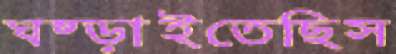
ঘষ্‌ড়াইতেছিস